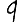
Digit: 9